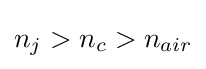
n_{j}>n_{c}>n_{air}